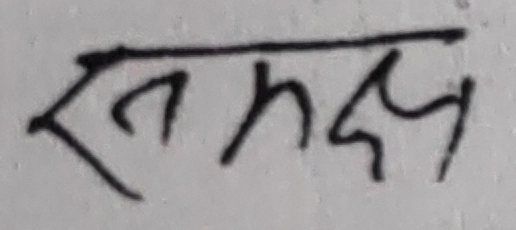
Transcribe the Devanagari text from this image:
समक्ष